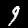
Digit: 9